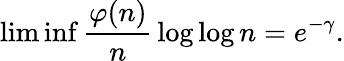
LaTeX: \operatorname*{lim}\operatorname*{inf}{\frac{\varphi(n)}{n}}\log\log n=e^{-\gamma}.